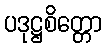
ပဒုဋ္ဌစိတ္တော